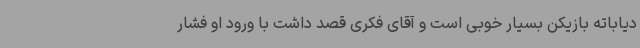
دیاباته بازیکن بسیار خوبی است و آقای فکری قصد داشت با ورود او فشار